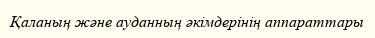
Қаланың және ауданның әкімдерінің аппараттары